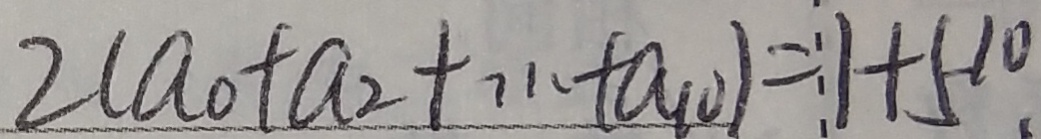
2 ( a _ { 0 } + a _ { 2 } + \cdots + a _ { 1 0 } ) = 1 + 5 ^ { 1 0 } .